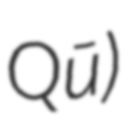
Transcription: Qū)